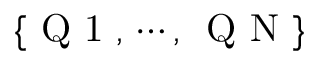
\{ \mathrm { ~ Q ~ 1 ~ } , \, \cdots , \, \mathrm { ~ Q ~ N ~ } \}